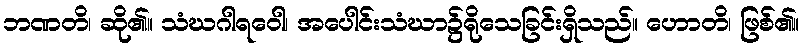
ဘဏတိ၊ ဆို၏။ သံဃဂါရဝေါ၊ အပေါင်းသံဃာ၌ရိုသေခြင်းရှိသည်။ ဟောတိ၊ ဖြစ်၏။